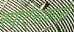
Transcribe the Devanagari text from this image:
स्पोर्ट्सकार्स